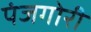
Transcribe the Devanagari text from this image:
पंजगोरी